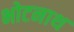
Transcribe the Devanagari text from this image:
भोटनाथ